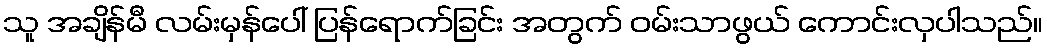
သူ အချိန်မီ လမ်းမှန်ပေါ် ပြန်ရောက်ခြင်း အတွက် ဝမ်းသာဖွယ် ကောင်းလှပါသည်။